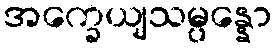
အက္ခေယျသမ္ပန္နော